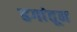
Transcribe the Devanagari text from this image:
ढगांतून